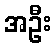
အဦး